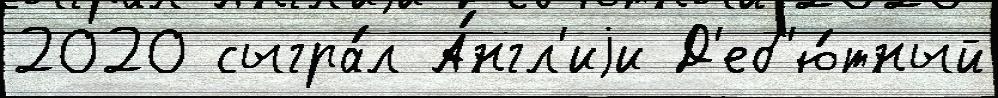
2020 сыгра́л А́нгл'иjи Д'еб'ю́тный